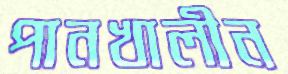
পানখালীন